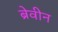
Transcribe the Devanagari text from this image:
ब्रेवीन